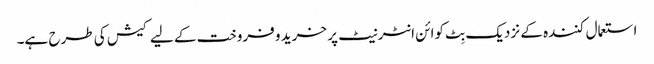
استعمال کنندہ کے نزدیک بِٹ کوائن انٹرنیٹ پر خرید و فروخت کے لیے کیش کی طرح ہے۔